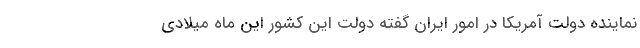
نماینده دولت آمریکا در امور ایران گفته دولت این کشور این ماه میلادی